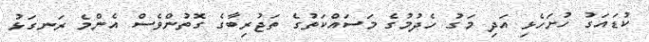
ކުޑައަގު ހުށަހެޅި އަދި މަގު ހެދުމުގެ މަސައްކަތުގެ ތަޖުރިބާގެ ގޮތުންވެސް އެންމެ ރަނގަޅު